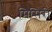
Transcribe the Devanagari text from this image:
मिसिरी